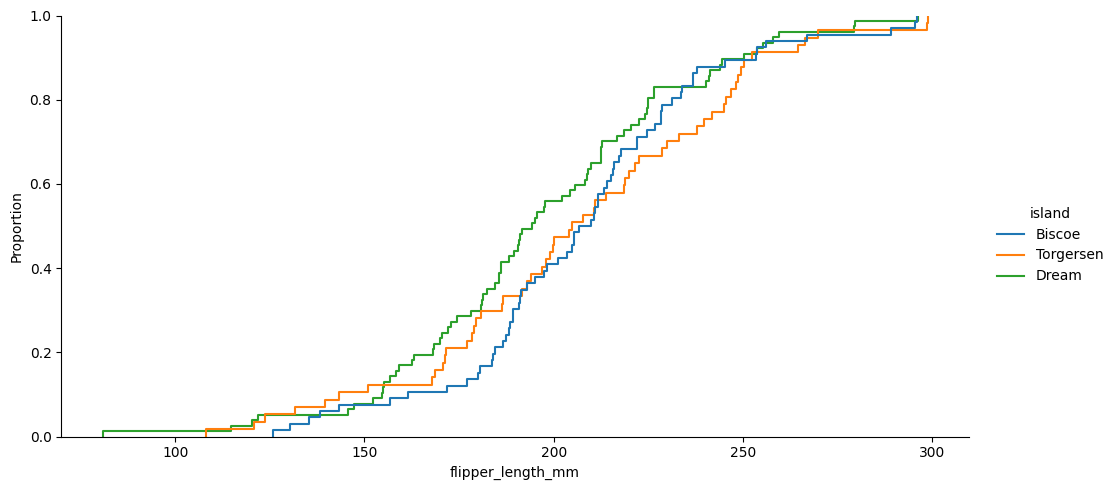
python, seaborn, displot, kind='ecdf', column='flipper_length_mm', hue='island', height=5, aspect=2.0